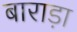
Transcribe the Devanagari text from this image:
बाराड़ा